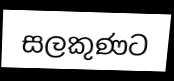
සලකුණට